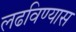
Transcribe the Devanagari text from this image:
लढविण्यास